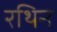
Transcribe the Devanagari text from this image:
रथिन